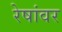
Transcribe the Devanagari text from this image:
रेषांवर